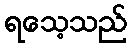
ရသေ့သည်